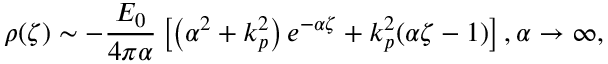
\rho ( \zeta ) \sim - \frac { E _ { 0 } } { 4 \pi \alpha } \left[ \left( \alpha ^ { 2 } + k _ { p } ^ { 2 } \right) e ^ { - \alpha \zeta } + k _ { p } ^ { 2 } ( \alpha \zeta - 1 ) \right] , \alpha \to \infty ,